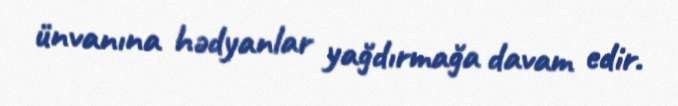
ünvanına hədyanlar yağdırmağa davam edir.